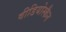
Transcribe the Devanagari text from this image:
वीडियोस्कैन